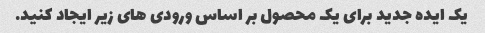
یک ایده جدید برای یک محصول بر اساس ورودی های زیر ایجاد کنید.